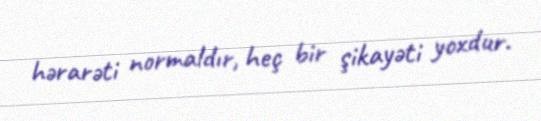
hərarəti normaldır, heç bir şikayəti yoxdur.